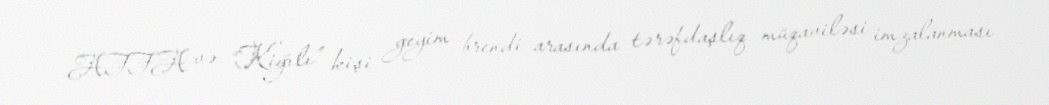
AFFA və “Kiğılı” kişi geyim brendi arasında tərəfdaşlıq müqaviləsi imzalanması